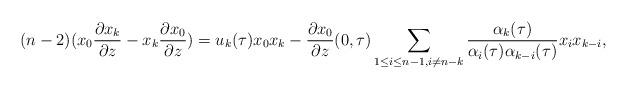
LaTeX: \begin{align*}(n-2)(x_0\frac{\partial x_k}{\partial z}-x_k\frac{\partial x_0}{\partial z})=u_{k}(\tau)x_0 x_{k}-\frac{\partial x_0}{\partial z}(0,\tau) \sum_{1\leq i \leq n-1, i \neq n-k} \frac{\alpha_{k}(\tau)}{\alpha_i(\tau) \alpha_{k-i}(\tau)} x_{i}x_{k-i},\end{align*}